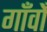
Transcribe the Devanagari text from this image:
गाँवोँ